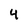
Character: 4